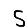
Digit: 5